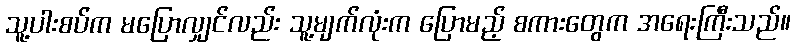
သူ့ပါးစပ်က မပြောလျှင်လည်း သူ့မျက်လုံးက ပြောမည့် စကားတွေက အရေးကြီးသည်။